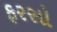
ફરસો